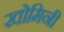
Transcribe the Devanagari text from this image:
खोमिनी